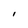
Character: I